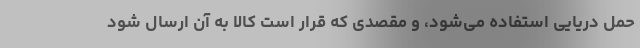
حمل دریایی استفاده می‌شود، و مقصدی که قرار است کالا به آن ارسال شود